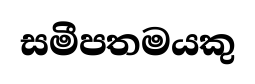
සමීපතමයකු